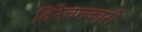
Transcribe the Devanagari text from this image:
विरेचनकारी